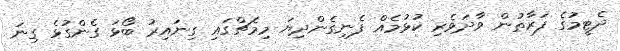
ދެޓީމުގެ ފަރާތުން ވާދަވެރި ކުޅުމެއް ފެނިގެންދިޔަ މިމެޗްގައި ގިނައިރު ބޯޅަ ގެންގުޅެ ގިނަ